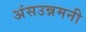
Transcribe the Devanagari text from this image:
अंसउन्नमनी